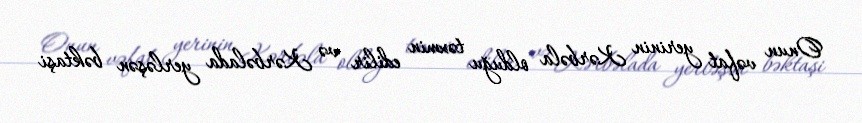
Onun vəfat yerinin Kərbəla olduğu təxmin edilir və Kərbəlada yerləşən bəktaşi